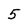
Character: 5